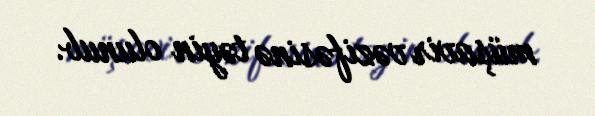
müşavir vəzifəsinə təyin olunub.